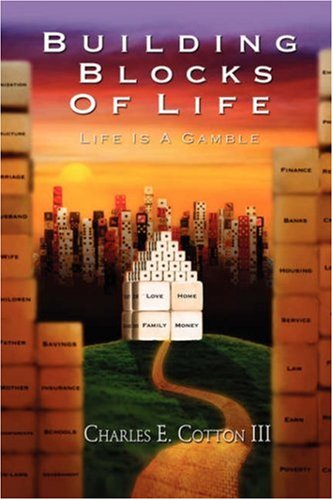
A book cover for Building Blocks of Life: Life Is a Gamble; Charles E. Cotton III; Health, Fitness & Dieting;